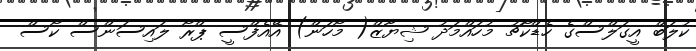
ކުލަބް އީގަލްސްގެ ހެޑްކޯޗު މުހައްމަދު ޝިޔާޒް( މޯހަން) އޭއެފްސީ ޕްރޯ ލައިސަންސް ކޯސް